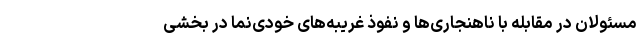
مسئولان در مقابله با ناهنجاری‌ها و نفوذ غریبه‌های خودی‌نما در بخشی